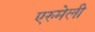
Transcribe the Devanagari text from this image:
एरुमेली